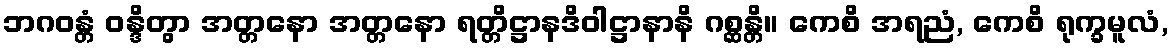
ဘဂဝန္တံ ဝန္ဒိတွာ အတ္တနော အတ္တနော ရတ္တိဋ္ဌာနဒိဝါဋ္ဌာနာနိ ဂစ္ဆန္တိ။ ကေစိ အရညံ, ကေစိ ရုက္ခမူလံ,